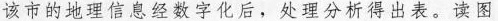
该市的地理信息经数字化后，处理分析得出表。读图完成14、15题。